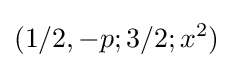
(1/2,-p;3/2;x^{2})